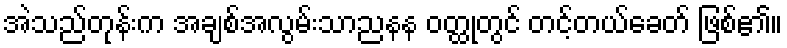
အဲသည်တုန်းက အချစ်အလွမ်းသာညနန ဝတ္ထုတွင် တင့်တယ်ခေတ် ဖြစ်၏။